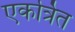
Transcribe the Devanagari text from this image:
एकर्त्रित